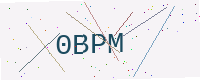
Text: 0BPM